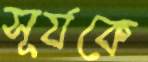
সূর্যকে